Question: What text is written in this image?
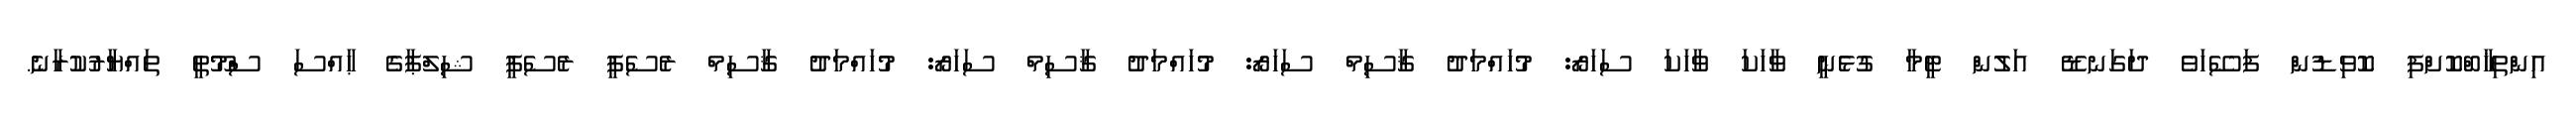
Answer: އިންތިޚާބްކޮށްފި ކޮވިޑުން ފަސޭހަވެ ދަގަނޑޭ އަލުން ޓީމާ ގުޅެނީ ވާހަކަ ވާހަކަ ސަހަރޯ: މުހައްމަދު ޤާސިމް ސަހަރޯ: މުހައްމަދު ޤާސިމް ސަހަރޯ: މުހައްމަދު ޤާސިމް ރެސެޕީ ރެސެޕީ ޝިލްޕާގެ ޙާއްސަ ސްމޫތީ ތައްޔާރުކުރާނެ.